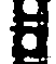
8